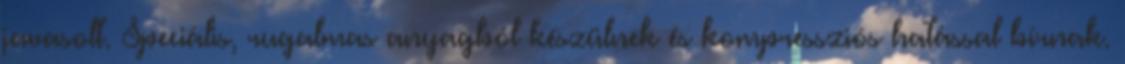
javasolt. Speciális, rugalmas anyagból készülnek és kompressziós hatással bírnak.